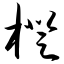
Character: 橙